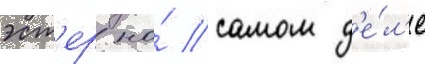
эст'ер на́ самом д'е́л'е